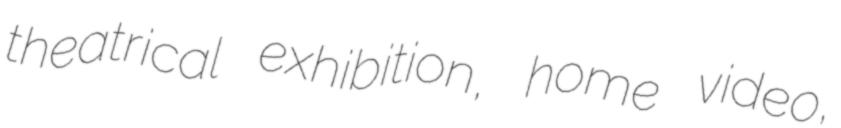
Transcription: theatrical exhibition, home video,